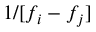
1 / [ f _ { i } - f _ { j } ]